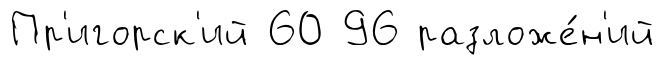
Пр'игорск'ий 60 96 разложе́н'ий